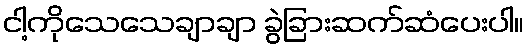
ငါ့ကိုသေသေချာချာ ခွဲခြားဆက်ဆံပေးပါ။